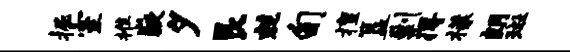
掘室推嶷夕艮兢旬擅簋剿得檬朗斑